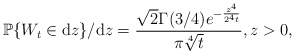
\begin{align*}\mathbb{P}\{W_t\in \mathrm{d}z\} / \mathrm dz= \frac{\sqrt{2}\Gamma(3/4)e^{-\frac{z^4}{2^4 t}}}{\pi\sqrt[4]{t}}, z>0,\end{align*}